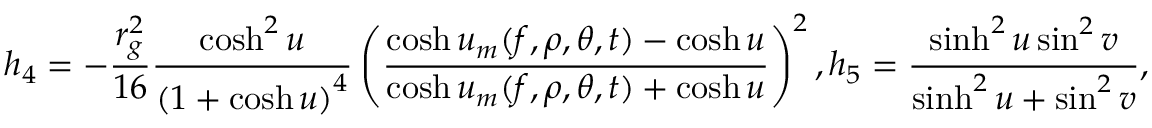
h _ { 4 } = - \frac { r _ { g } ^ { 2 } } { 1 6 } \frac { \cosh ^ { 2 } u } { \left( 1 + \cosh u \right) ^ { 4 } } \left( \frac { \cosh u _ { m } ( f , \rho , \theta , t ) - \cosh u } { \cosh u _ { m } ( f , \rho , \theta , t ) + \cosh u } \right) ^ { 2 } , h _ { 5 } = \frac { \sinh ^ { 2 } u \sin ^ { 2 } v } { \sinh ^ { 2 } u + \sin ^ { 2 } v } ,